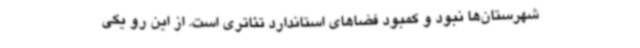
شهرستان‌ها نبود و کمبود فضاهای استاندارد تئاتری است. از این رو یکی